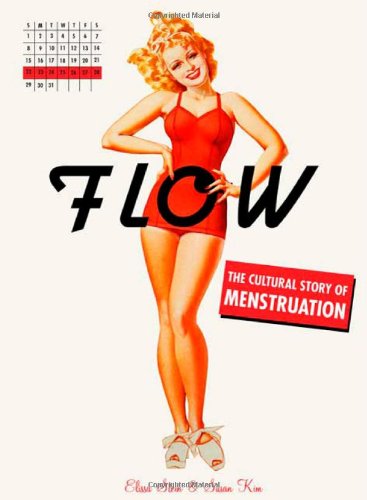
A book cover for Flow: The Cultural Story of Menstruation; Elissa Stein; Health, Fitness & Dieting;